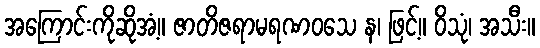
အကြောင်းကိုဆိုအံ့။ ဇာတိဇရာမရဏဝသေ န၊ ဖြင့်။ ဝိသုံ၊ အသီး။